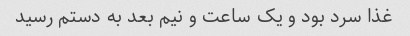
غذا سرد بود و یک ساعت و نیم بعد به دستم رسید